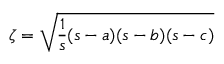
\zeta = { \sqrt { { \frac { 1 } { s } } ( s - a ) ( s - b ) ( s - c ) } }